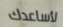
لأساعدك